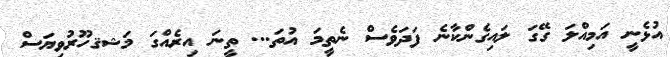
އުޅެނީ އަމިއްލަ ގޭގަ ލައިގެންކާނެ ފަދަވެސް ނެތީމަ އުތަ... ތީނަ އިރެއްގަ މަޝޤހޫރުވިޔަސް